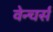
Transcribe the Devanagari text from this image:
वेन्चर्स